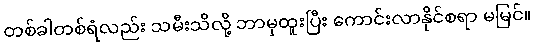
တစ်ခါတစ်ရံလည်း သမီးသိလို့ ဘာမှထူးပြီး ကောင်းလာနိုင်စရာ မမြင်။